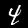
Label: 4